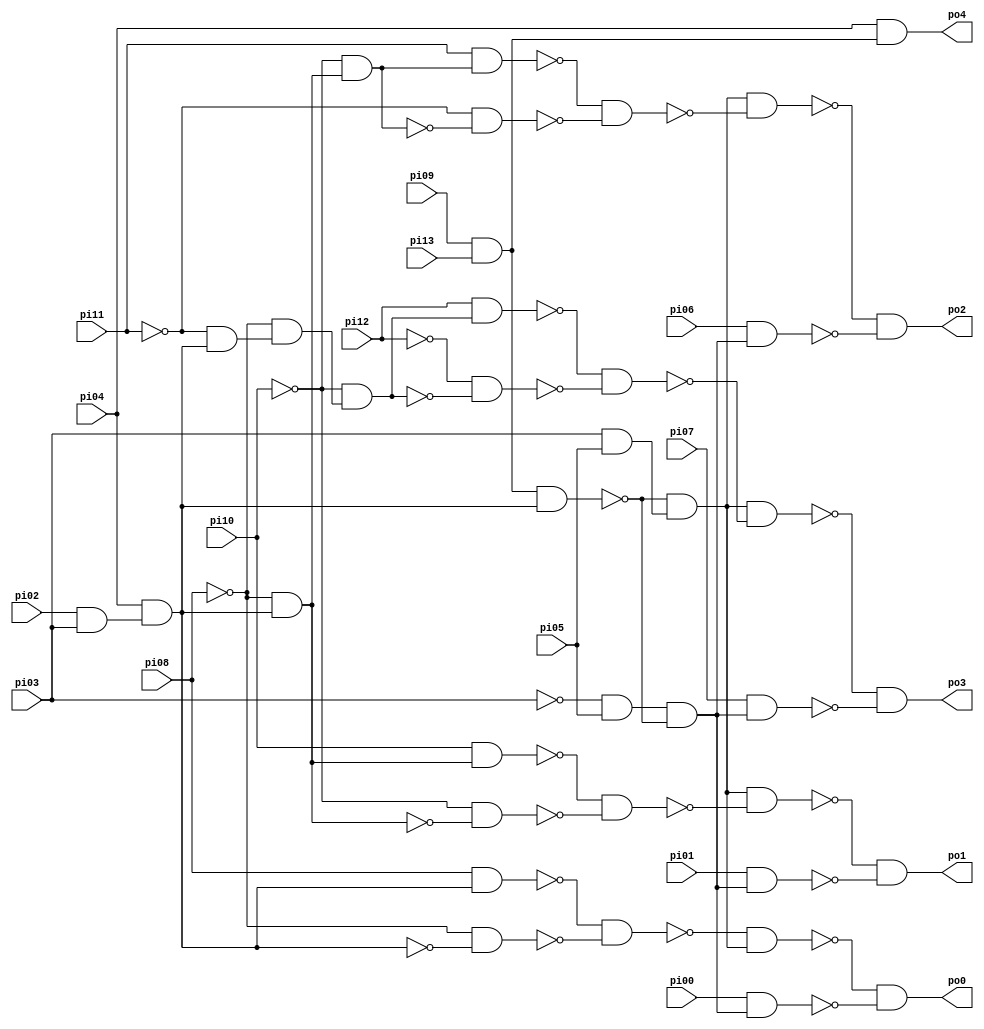
// Benchmark "CM162" written by ABC on Sun Apr 22 21:43:00 2018

module CM162 ( 
    pi00, pi01, pi02, pi03, pi04, pi05, pi06, pi07, pi08, pi09, pi10, pi11,
    pi12, pi13,
    po0, po1, po2, po3, po4  );
  input  pi00, pi01, pi02, pi03, pi04, pi05, pi06, pi07, pi08, pi09,
    pi10, pi11, pi12, pi13;
  output po0, po1, po2, po3, po4;
  wire n20, n21, n22, n23, n24, n25, n26, n27, n28, n29, n30, n31, n32, n34,
    n35, n36, n37, n38, n39, n41, n42, n43, n44, n45, n46, n48, n49, n50,
    n51, n52, n53, n54, n55;
  assign n20 = ~pi03 & pi05;
  assign n21 = pi09 & pi13;
  assign n22 = pi02 & pi03;
  assign n23 = pi04 & n22;
  assign n24 = n21 & n23;
  assign n25 = n20 & ~n24;
  assign n26 = pi08 & n23;
  assign n27 = ~pi08 & ~n23;
  assign n28 = ~n26 & ~n27;
  assign n29 = pi03 & pi05;
  assign n30 = ~n24 & n29;
  assign n31 = ~n28 & n30;
  assign n32 = pi00 & n25;
  assign po0 = ~n31 & ~n32;
  assign n34 = ~pi08 & n23;
  assign n35 = pi10 & n34;
  assign n36 = ~pi10 & ~n34;
  assign n37 = ~n35 & ~n36;
  assign n38 = n30 & ~n37;
  assign n39 = pi01 & n25;
  assign po1 = ~n38 & ~n39;
  assign n41 = ~pi10 & n34;
  assign n42 = pi11 & n41;
  assign n43 = ~pi11 & ~n41;
  assign n44 = ~n42 & ~n43;
  assign n45 = n30 & ~n44;
  assign n46 = pi06 & n25;
  assign po2 = ~n45 & ~n46;
  assign n48 = ~pi11 & n23;
  assign n49 = ~pi08 & n48;
  assign n50 = ~pi10 & n49;
  assign n51 = pi12 & n50;
  assign n52 = ~pi12 & ~n50;
  assign n53 = ~n51 & ~n52;
  assign n54 = n30 & ~n53;
  assign n55 = pi07 & n25;
  assign po3 = ~n54 & ~n55;
  assign po4 = pi04 & n21;
endmodule